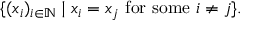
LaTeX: \{ ( x _ { i } ) _ { i \in \mathbb { N } } \mid x _ { i } = x _ { j } { \mathrm { ~ f o r ~ s o m e ~ } } i \neq j \} .